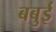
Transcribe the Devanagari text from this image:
बबुई